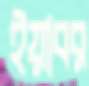
ইয়াবর